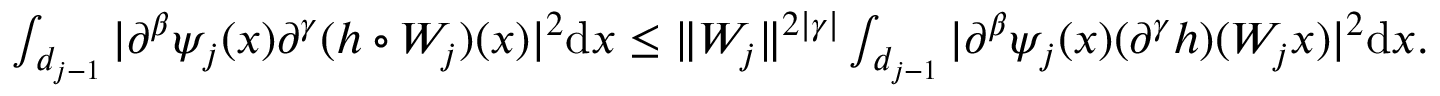
\begin{array} { r } { \int _ { \r { d _ { j - 1 } } } \vert \partial ^ { \beta } \psi _ { j } ( x ) \partial ^ { \gamma } ( h \circ W _ { j } ) ( x ) \vert ^ { 2 } \mathrm { d } x \le \Vert W _ { j } \Vert ^ { 2 \vert \gamma \vert } \int _ { \r { d _ { j - 1 } } } \vert \partial ^ { \beta } \psi _ { j } ( x ) ( \partial ^ { \gamma } h ) ( W _ { j } x ) \vert ^ { 2 } \mathrm { d } x . } \end{array}